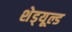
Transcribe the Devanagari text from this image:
शेड्‌यूल्ड